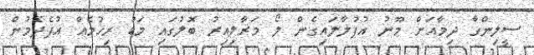
ސީލިންގާ ދިމާއަށް މޫނު އުފުލާލައިގެން ލޯ މަރާލިއިރު ބޮލުގައި މަޑު ރިހުމެއް އުފެދެމުން